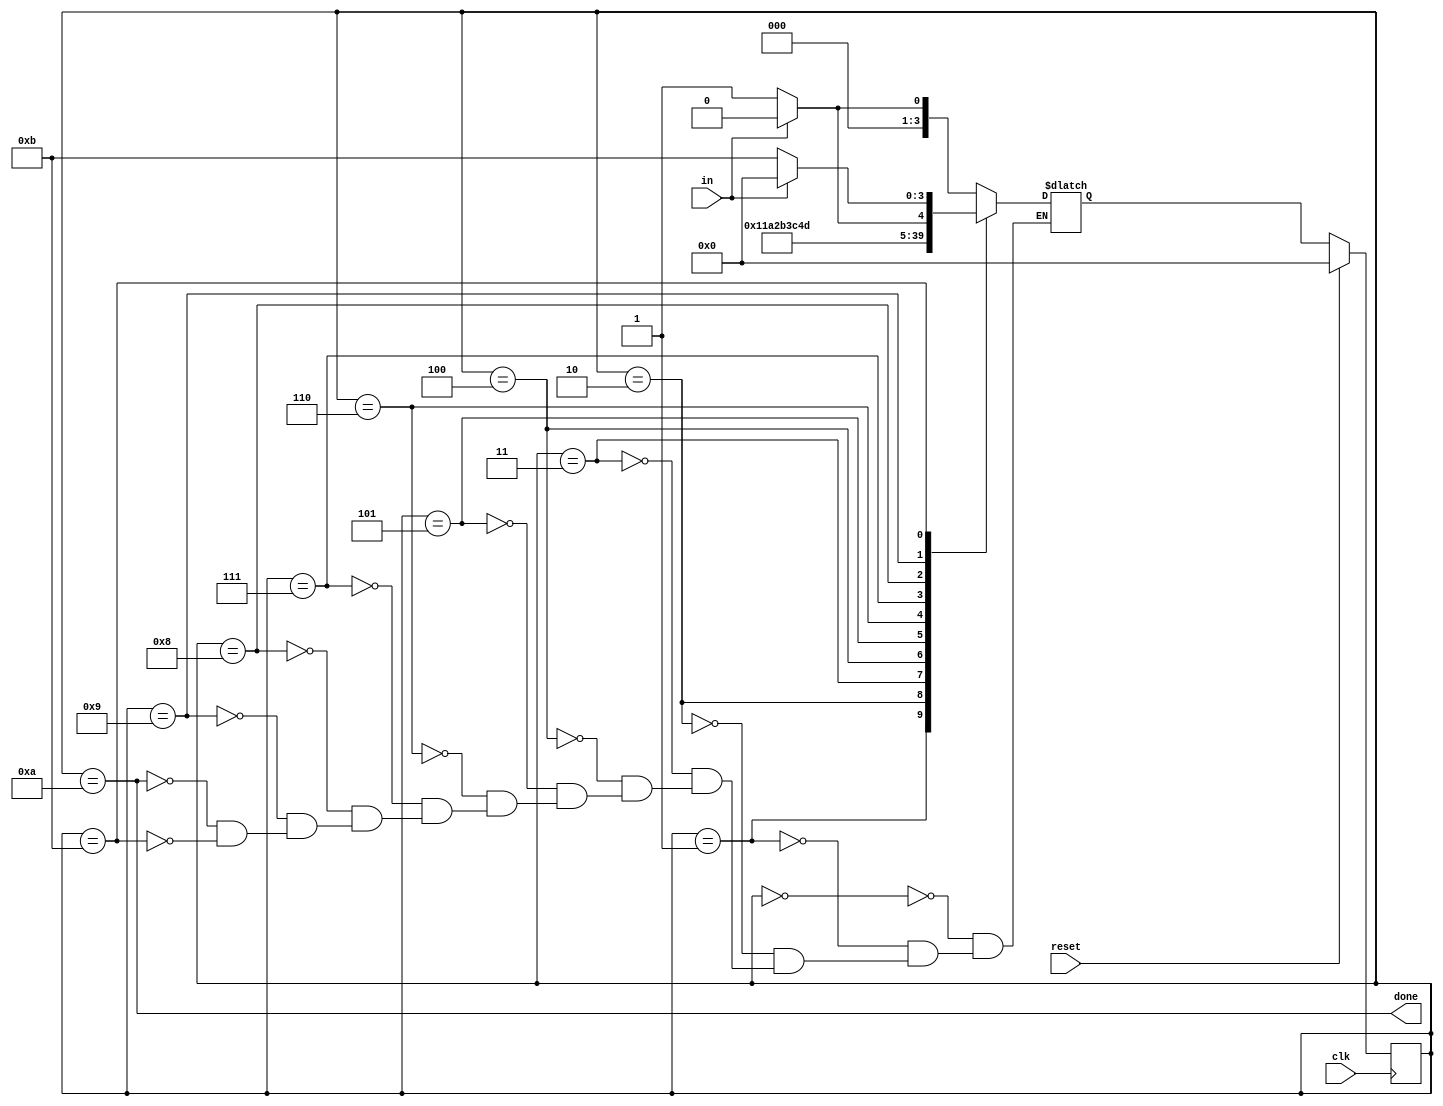
module top_module(
    input clk,
    input in,
    input reset,
    output done);

    parameter A=0,B1=1,B2=2,B3=3,B4=4,B5=5,B6=6,B7=7,B8=8,B9=9,C=10,D=11;
    reg [3:0] state, next_state;

    always @(*)
        case(state)
            A:  next_state = in ? A : B1;
            B1: next_state = B2;
            B2: next_state = B3;
            B3: next_state = B4;
            B4: next_state = B5;
            B5: next_state = B6;
            B6: next_state = B7;
            B7: next_state = B8;
            B8: next_state = B9;
            B9: next_state = in ? C : D;
            C:  next_state = in ? A : B1;
            D:  next_state = in ? A : D;
        endcase

    always@(posedge clk)
        state <= reset ? A : next_state;

    assign done = (state==C);
endmodule